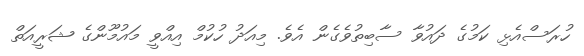
ހުރަސްއެޅި ކަމުގެ ދައުވާ ސާބިތުވެގެން އެވެ. މިއަދު ހުކުމް އިއްވީ މައުމޫންގެ ޝަރީއަތް